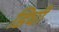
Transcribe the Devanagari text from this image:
डिघी